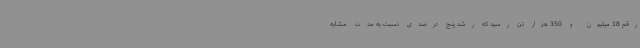
رقم 18 میلیون و 350 هزار تن رسید که رشد پنج درصدی نسبت به مدت مشابه